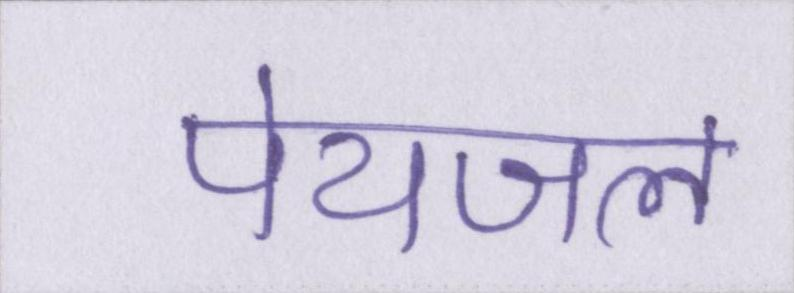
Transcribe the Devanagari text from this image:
पेयजल